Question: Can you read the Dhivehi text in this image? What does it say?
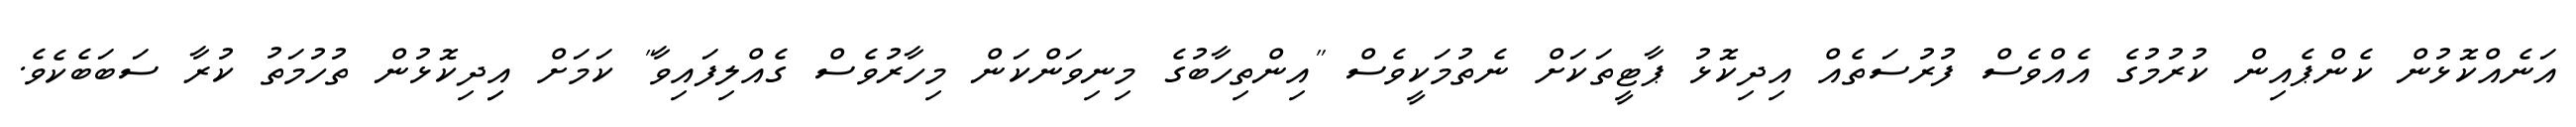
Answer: އަނެއްކޮޅުން ކެންޕެއިން ކުރުމުގެ އެއްވެސް ފުރުސަތެއް އިދިކޮޅު ޕާޓީތަކަށް ނެތުމަކީވެސް "އިންތިހާބުގެ މިނިވަންކަން މިހާރުވެސް ގެއްލިފައިވާ" ކަމަށް އިިދިކޮޅުން ތުހުމަތު ކުރާ ސަބަބެކެވެ.